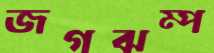
জগঝম্প